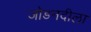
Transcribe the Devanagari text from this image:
जोडनदीला